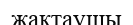
жақтаушы